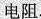
电阻.